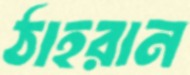
ঠাহরান